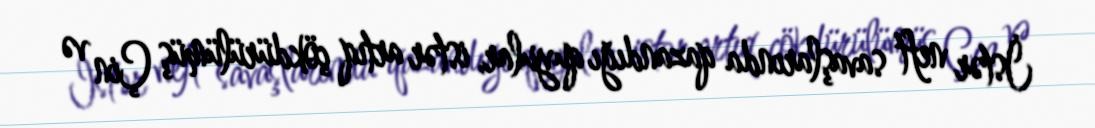
İstər neft savaşlarında qazandığı quyular, istər artıq çökdürülümüş Çin və